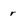
Character: r